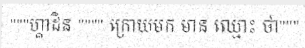
"""ហ្គាដិន """" ក្រោយមក មាន ឈ្មោះ ថា"""